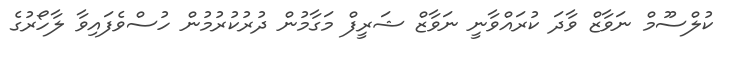
ކުލްސޫމް ނަވާޒް ވާދަ ކުރައްވާނީ ނަވާޒް ޝަރީފް މަގާމުން ދުރުކުރުމުން ހުސްވެފައިވާ ލާހޯރުގެ